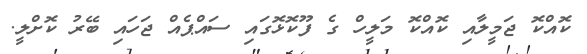
ކޮއްކޮ ޖަމީލާއި ކޮއްކޮ މަލީހް ގެ ފޫކޮޅޮގައި ސައްޕެއް ޖަހައި ބޭރު ކޮށްލީ.